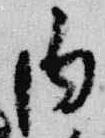
内